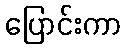
ပြောင်းကာ